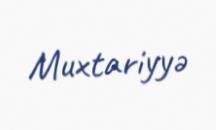
Muxtariyyə